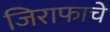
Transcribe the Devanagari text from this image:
जिराफाचे